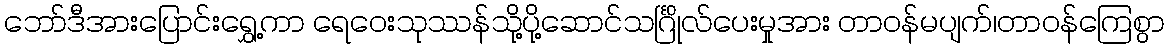
ဘော်ဒီအားပြောင်းရွှေ့ကာ ရေဝေးသုဿန်သို့ပို့ဆောင်သင်္ဂြိုလ်ပေးမှုအား တာဝန်မပျက်၊တာဝန်ကြေစွာ